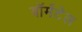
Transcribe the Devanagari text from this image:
वॉर्मटेल